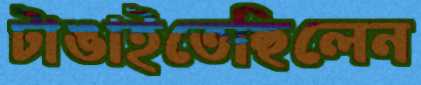
টাঙাইতেছিলেন